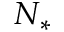
N _ { * }